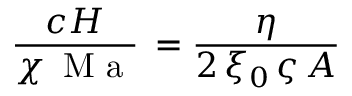
\frac { c H } { \chi \, \mathrm { ~ M ~ a ~ } } \, = \frac { \eta } { 2 \, \xi _ { 0 } \, \varsigma \, A }